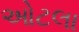
ઓટલા